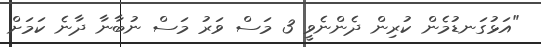
"އަޅުގަނޑުމެން ކުރިން ދެންނެވީ 3 މަސް ވަރު މަސް ނުބާނާ ދާނެ ކަމަށް